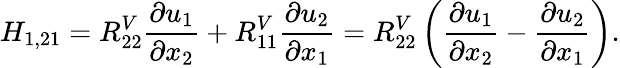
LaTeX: H_{1,21}=R_{22}^{V}\frac{\partial u_{1}}{\partial x_{2}}+R_{11}^{V}\frac{\partial u_{2}}{\partial x_{1}}=R_{22}^{V}\left(\frac{\partial u_{1}}{\partial x_{2}}-\frac{\partial u_{2}}{\partial x_{1}}\right).